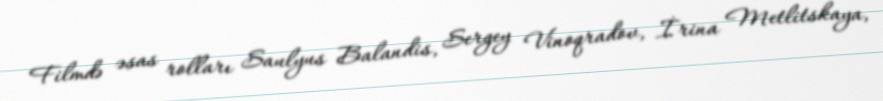
Filmdə əsas rolları Saulyus Balandis, Sergey Vinoqradov, İrina Metlitskaya,